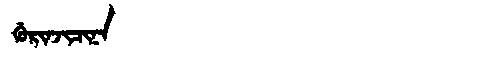
Manchu: ᡤᡠᡵᡳᠨᠵᡳᠴᡳᠨᠠ
Romanization: GURINJICINA